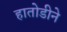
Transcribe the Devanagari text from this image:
हातोडीने